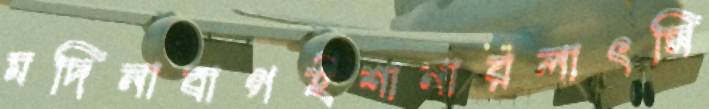
মদিনাবাগইশানারলাৎসি